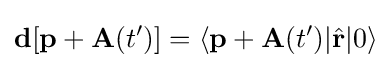
{\textbf {d}}[{\textbf {p}}+{\textbf {A}}(t')]=\langle {\textbf {p}}+{\textbf {A}}(t')|{\hat {\textbf {r}}}|0\rangle